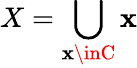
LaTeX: X=\bigcup_{\mathbf{x}\inC}\mathbf{x}